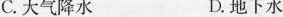
C.大气降水 D.地下水